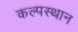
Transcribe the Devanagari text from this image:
कल्पस्थान